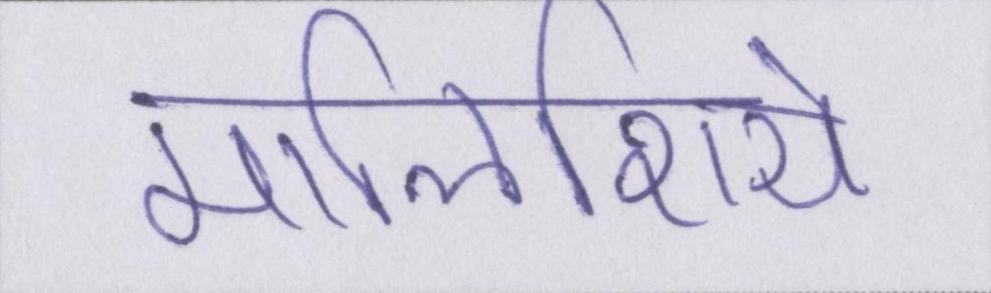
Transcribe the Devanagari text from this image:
मालिशिये